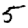
Digit: 5